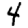
Digit: 4